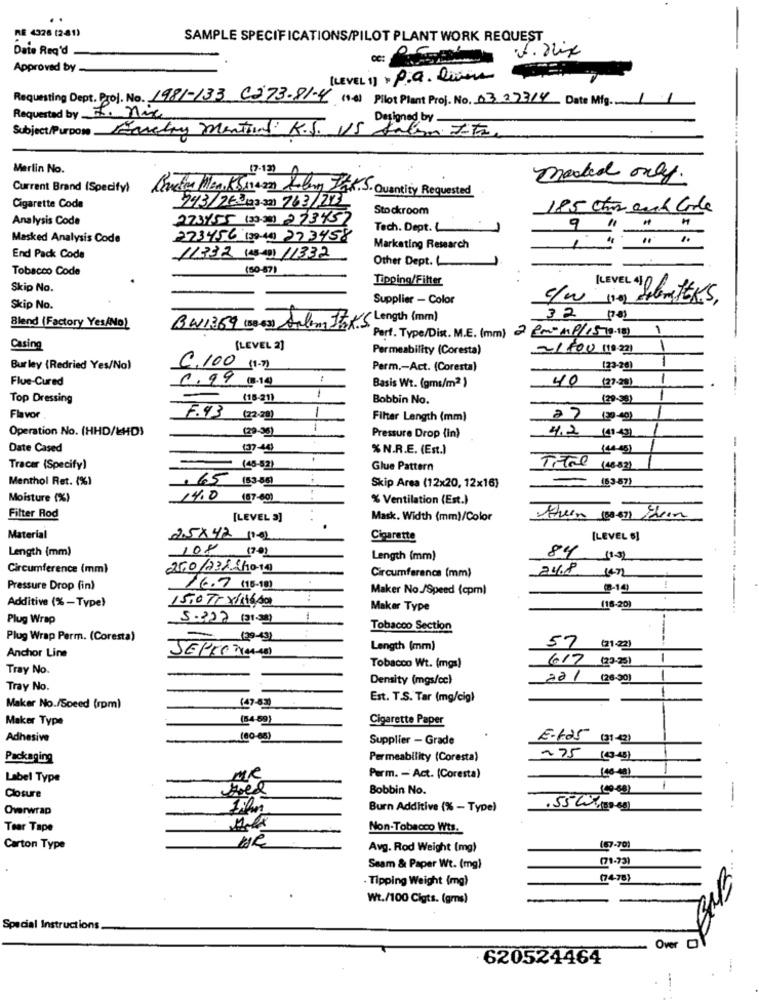
RE 4328 (241)
SAMPLE SPECIFICATIONS/PILOT PLANT WORK REQUEST
Date Req'd
Approved by -
(LEVEL 1) . P.a. Diven
Requesting Dept. Proj. No. 1981-133 C273.81.4 (+) Pilot Plant Proj. No. 03273/4 Date Mig : 11
Requested by 7. nie
Designed by
Subject/Purpose Faretry mentions K.S. US Salam ITA
Merlin No.
(7-12)
marked only.
Current Brand (Specify)
Kometen Men, K Sieon Kolog Jak.S. Quantity Requested
Cigarette Code
Stockroom
185 chr and Coole
Analysis Code
273455 (33:38) 233457
Tech. Dept. L
9 "
Masked Analysis Code
273456 (30-41) 273458
Marketing Research
1
End Pack Code
11332 (45-4) 11332
Other Dept. L
Tobacco Code
(50-87)
Tipping/Filter
Skip No.
[LEVEL 41 06
Supplier - Color
c/w
Skip No.
BW1369 (88-8] Salam Itak'S Length (mm)
32 (78)
Blend (Factory Yes/No)
Perf. Type/Dist. M.E. (mm) 2 Pm-MP/15 (0.18) 1
Casing
(LEVEL 2]
Permeability (Coresta)
21800 (10 221
-
Burley (Redried Yes/No)
6.100 (1.)
Perm .- Act. (Coresta)
(23-20)
Flue-Cured
0.99 13.14
Basis Wt. (gms/m2 )
40 (27 20)
Top Dressing
(18-21)
1
Bobbin No.
(20-38)
--
Flavor
F.93 (22.20)
Filter Length (mm)
(30-40)
(29-36)
Operation No. (HHD/BHD)
Pressure Drop (in)
42 (41 -4]
-
Date Cased
(37-49
% N.R.E. (Est.)
(44-45)
Tracer (Specify)
(48-82)
Glue Pattern
Titel (4882)
Menthol Ret. (%)
, 65 (33:55)
-(53-57)
Skip Area (12x20, 12x16)
Moisture (%)
14.0
(57-80)
% Ventilation (Est.)
Filter Rod
[LEVEL 3]
Mask. Width (mm)/Color
Material
Cigarette
[LEVEL 6]
Length (mm)
108 (70)
84
Length (mm)
Circumference (mm)
250/23/ 2hora
24.8
.
Circumference (mm)
Pressure Drop (in)
16.7 (15-10)
Maker No./Speed (cpm)
@-19
Additive (% -Type)
15.0 7rx/16/60
Maker Type
(16-20)
Plug Wrap
5-322 1313)
-
Tobacco Section
Plug Wrap Perm. (Coresta)
(29-43)
----
Length (mm)
57 (21 22)
Anchor Line
617 (23-25)
1
Tray No.
Tobacco Wt. (mgs)
Density (mgs/cc)
221 (26:30)
-
Tray No.
Est. T.S. Tar (mg/cig)
Maker No./Speed (rpm)
(47-83)
Maker Type
(54 89)
Cigarette Paper
Adhesive
(80-68)
Supplier - Grade
E-625 (31-2)
Packaging
Permeability (Coresta)
275 (9-45)
[46-4]
Label Type
MR
Perm. - Act. (Coresta)
Bobbin No.
(49-691
1
Closure
Overwrap
Burn Additive (% - Type)
.55W(39-88)
Tear Tape
Non-Tobacco Wts.
Carton Type
Avg. Rod Weight (mg)
(57.70)
(71-73)
Seam & Paper Wt. (mg)
. Tipping Weight (mg)
(74-78)
Wt./100 Cigts. (gms)
Special Instructions
Over
620524464